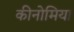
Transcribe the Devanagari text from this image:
कीनोमिया